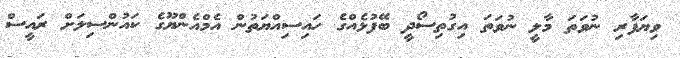
ވިޔަފާރި ނުވަތަ މާލީ ނުވަތަ އިގުތިސޯދީ ބޭފުޅެއްގެ ހައިސިއްޔަތުން އެމްއެންޔޫގެ ކައުންސިލަށް ރައީސް